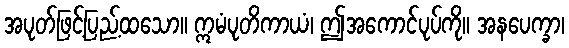
အပုတ်ဖြင့်ပြည့်ထသော။ ဣမံပုတိကာယံ၊ ဤအကောင်ပုပ်ကို။ အနပေက္ခာ၊